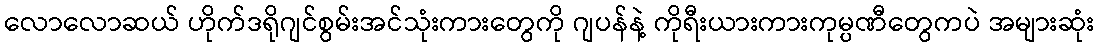
လောလောဆယ် ဟိုက်ဒရိုဂျင်စွမ်းအင်သုံးကားတွေကို ဂျပန်နဲ့ ကိုရီးယားကားကုမ္ပဏီတွေကပဲ အများဆုံး